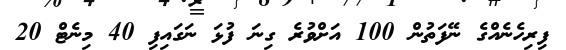
ފިރިހެނެއްގެ ނޭފަތުން 100 އަށްވުރެ ގިނަ ފުޅަ ނަގައިފި 40 މިނެޓް 20